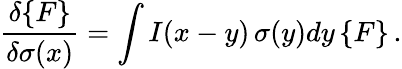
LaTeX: {\frac{\delta\{ F\} }{\delta\sigma(x)}}=\int I(x-y)\, \sigma(y)dy\, \{ F\} \, .